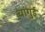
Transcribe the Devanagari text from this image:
चांगुई